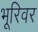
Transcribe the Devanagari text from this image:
भूरिवर